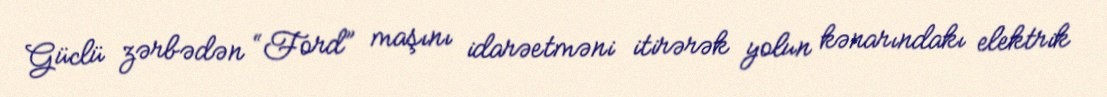
Güclü zərbədən “Ford” maşını idarəetməni itirərək yolun kənarındakı elektrik